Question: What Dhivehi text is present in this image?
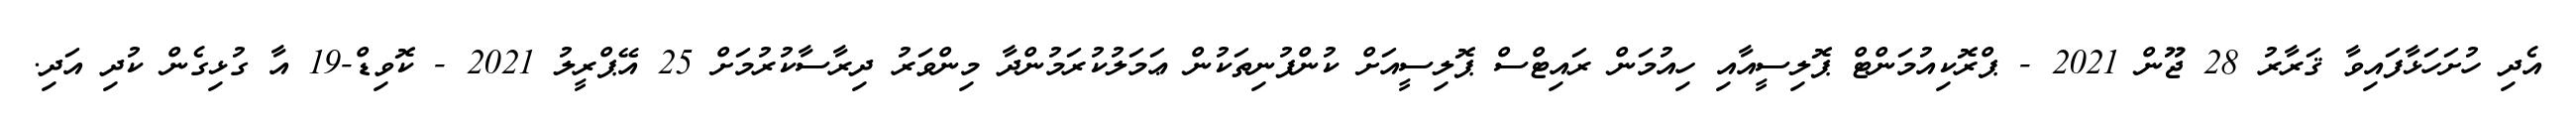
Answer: އެދި ހުށަހަޅާފައިވާ ޤަރާރު 28 ޖޫން 2021 - ޕްރޮކިއުމަންޓް ޕޮލިސީއާއި ހިއުމަން ރައިޓްސް ޕޮލިސީއަށް ކުންފުނިތަކުން ޢަމަލުކުރަމުންދާ މިންވަރު ދިރާސާކުރުމަށް 25 އޭޕްރީލު 2021 - ކޮވިޑް-19 އާ ގުޅިގެން ކުދި އަދި.